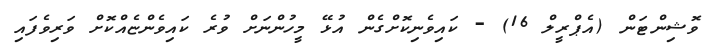
ވޮޝިންޓަން (އެޕްރީލް 16) - ކައިވެނިކޮށްގެން އުޅޭ މީހުންނަށް ވުރެ ކައިވެންޏެއްކޮށް ވަރިވެފައި